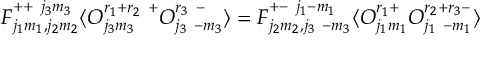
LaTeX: F _ { j _ { 1 } m _ { 1 } , j _ { 2 } m _ { 2 } } ^ { + + ~ j _ { 3 } m _ { 3 } } \langle { \cal O } _ { j _ { 3 } m _ { 3 } } ^ { r _ { 1 } + r _ { 2 } ~ + } { \cal O } _ { j _ { 3 } ~ { - m _ { 3 } } } ^ { r _ { 3 } ~ - } \rangle = F _ { j _ { 2 } m _ { 2 } , j _ { 3 } ~ { - m _ { 3 } } } ^ { + - ~ j _ { 1 } { - m _ { 1 } } } \langle { \cal O } _ { j _ { 1 } m _ { 1 } } ^ { r _ { 1 } + } { \cal O } _ { j _ { 1 } ~ { - m _ { 1 } } } ^ { r _ { 2 } + r _ { 3 } - } \rangle \nonumber